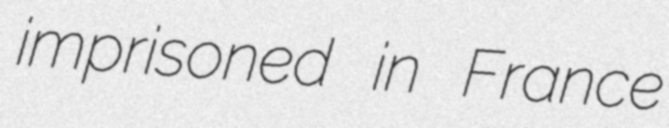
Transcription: imprisoned in France